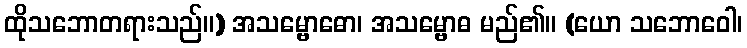
ထိုသဘောတရားသည်။) အသမ္ဗောဓော၊ အသမ္ဗောဓ မည်၏။ (ယော သဘောဝေါ၊